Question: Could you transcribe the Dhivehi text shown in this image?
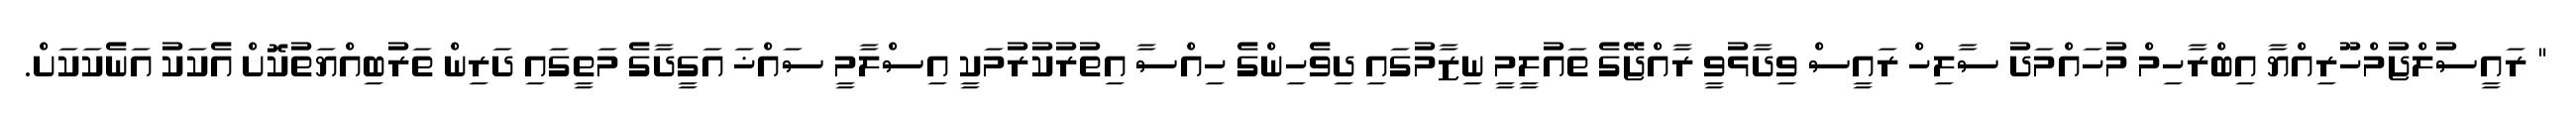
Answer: " ރައީސުލްޖުމްހޫރިއްޔާ އިބްރާހިމް މުހައްމަދު ސާލިހް ރައީސް ވިދާޅުވީ ރާއްޖޭގެ ތައުލީމީ ނިޒާމުގައި ދިވެހިންގެ ހިއްސާ އިތުރުކުރުމަކީ އިސްލާމީ ސައްޚަ އަގީދާގެ މަތީގައި ދަރިން ތަރުބިއްޔަތުކޮށް އެކަކު އަނެކަކަށް.